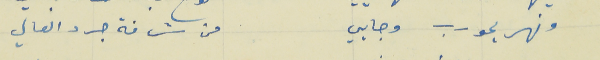
ونهر يحورب وجايي                                             من شرفة جرد العالي